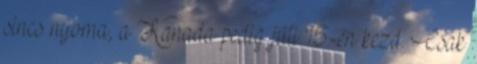
sincs nyoma, a Kanada pedig júli 15-én kezd. Csak